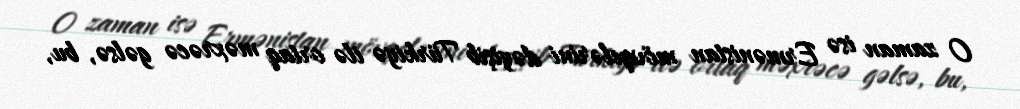
O zaman isə Ermənistan mövqelərini dəyişib Türkiyə ilə ortaq məxrəcə gəlsə, bu,